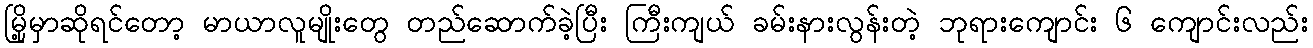
မြို့မှာဆိုရင်တော့ မာယာလူမျိုးတွေ တည်ဆောက်ခဲ့ပြီး ကြီးကျယ် ခမ်းနားလွန်းတဲ့ ဘုရားကျောင်း ၆ ကျောင်းလည်း